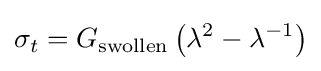
\sigma _{t}=G_{\textrm {swollen}}\left(\lambda ^{2}-\lambda ^{-1}\right)